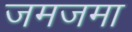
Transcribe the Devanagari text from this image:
जमजमा